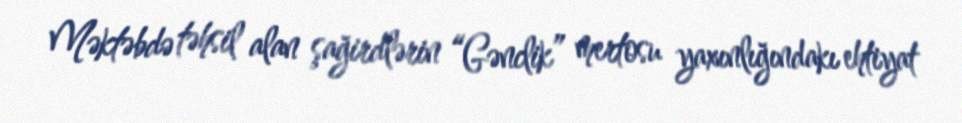
Məktəbdə təhsil alan şağirdlərin “Gənclik” mertosu yaxınlığındakı ehtiyat